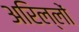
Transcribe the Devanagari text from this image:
अरिल्लों